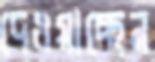
দেওয়াচ্ছেন